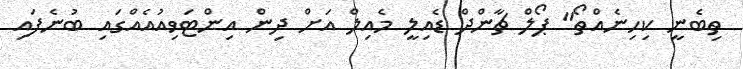
ތިބެނީ ކިހިނެއްތޯ" ޕޯލް ޗާންދް ޑެއިލީ މެއިލް އަށް ދިން އިންޓަވިއުއެއްގައި ބުނެފައި